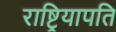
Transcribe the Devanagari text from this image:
राष्ट्रियापति